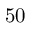
5 0